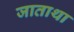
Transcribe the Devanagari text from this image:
जाताथा